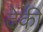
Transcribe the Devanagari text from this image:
ढेंकी